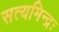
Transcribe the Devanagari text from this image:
सत्यमिन्द्रः